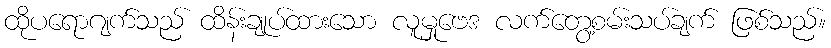
ထိုပရောဂျက်သည် ထိန်းချုပ်ထားသော လူမှုဗေဒ လက်တွေ့စမ်းသပ်ချက် ဖြစ်သည်။